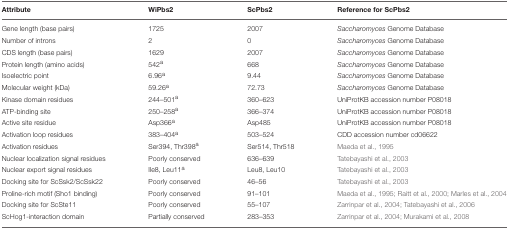
<table><thead><tr><td><b>Attribute</b></td><td><b>WiPbs2</b></td><td><b>ScPbs2</b></td><td><b>Reference for ScPbs2</b></td></tr></thead><tbody><tr><td>Gene length (base pairs)</td><td>1725</td><td>2007</td><td><i>Saccharomyces</i> Genome Database</td></tr><tr><td>Number of introns</td><td>2</td><td>0</td><td><i>Saccharomyces</i> Genome Database</td></tr><tr><td>CDS length (base pairs)</td><td>1629</td><td>2007</td><td><i>Saccharomyces</i> Genome Database</td></tr><tr><td>Protein length (amino acids)</td><td>542<sup>a</sup></td><td>668</td><td><i>Saccharomyces</i> Genome Database</td></tr><tr><td>Isoelectric point</td><td>6.96<sup>a</sup></td><td>9.44</td><td><i>Saccharomyces</i> Genome Database</td></tr><tr><td>Molecular weight (kDa)</td><td>59.26<sup>a</sup></td><td>72.73</td><td><i>Saccharomyces</i> Genome Database</td></tr><tr><td>Kinase domain residues</td><td>244–501<sup>a</sup></td><td>360–623</td><td>UniProtKB accession number P08018</td></tr><tr><td>ATP-binding site</td><td>250–258<sup>a</sup></td><td>366–374</td><td>UniProtKB accession number P08018</td></tr><tr><td>Active site residue</td><td>Asp366<sup>a</sup></td><td>Asp485</td><td>UniProtKB accession number P08018</td></tr><tr><td>Activation loop residues</td><td>383–404<sup>a</sup></td><td>503–524</td><td>CDD accession number cd06622</td></tr><tr><td>Activation residues</td><td>Ser394, Thr398<sup>a</sup></td><td>Ser514, Thr518</td><td>Maeda et al., 1995</td></tr><tr><td>Nuclear localization signal residues</td><td>Poorly conserved</td><td>636–639</td><td>Tatebayashi et al., 2003</td></tr><tr><td>Nuclear export signal residues</td><td>Ile8, Leu11<sup>a</sup></td><td>Leu8, Leu10</td><td>Tatebayashi et al., 2003</td></tr><tr><td>Docking site for ScSsk2/ScSsk22</td><td>Poorly conserved</td><td>46–56</td><td>Tatebayashi et al., 2003</td></tr><tr><td>Proline-rich motif (Sho1 binding)</td><td>Poorly conserved</td><td>91–101</td><td>Maeda et al., 1995; Raitt et al., 2000; Marles et al., 2004</td></tr><tr><td>Docking site for ScSte11</td><td>Poorly conserved</td><td>55–107</td><td>Zarrinpar et al., 2004; Tatebayashi et al., 2006</td></tr><tr><td>ScHog1-interaction domain</td><td>Partially conserved</td><td>283–353</td><td>Zarrinpar et al., 2004; Murakami et al., 2008</td></tr></tbody></table>